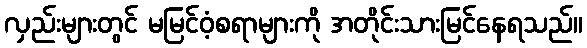
လှည်းများတွင် မမြင်ဝံ့စရာများကို အတိုင်းသားမြင်နေရသည်။